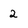
Character: 2